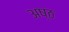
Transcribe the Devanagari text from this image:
अष्‍ठ